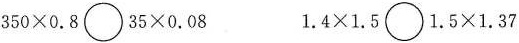
$$350\times 0 . 8 \circ 3 5 \times 0 . 0 8$$ $$1 . 4 \times 1 . 5 \circ 1 . 5 \times 1 . 3 7$$